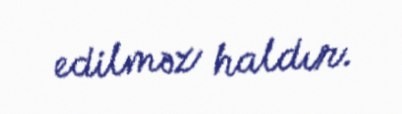
edilməz haldır.